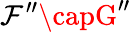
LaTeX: \mathcal{F}^{\prime\prime}\capG^{\prime\prime}